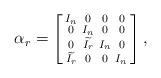
LaTeX: \begin{align*} \alpha_r = \left[\begin{smallmatrix}I_n &0&0&0 \\ 0& I_n&0&0\\ 0&\widetilde{I_r}&I_n&0\\ \widetilde{I_r}&0&0&I_n \end{smallmatrix}\right],\end{align*}